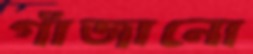
গাঁজানো